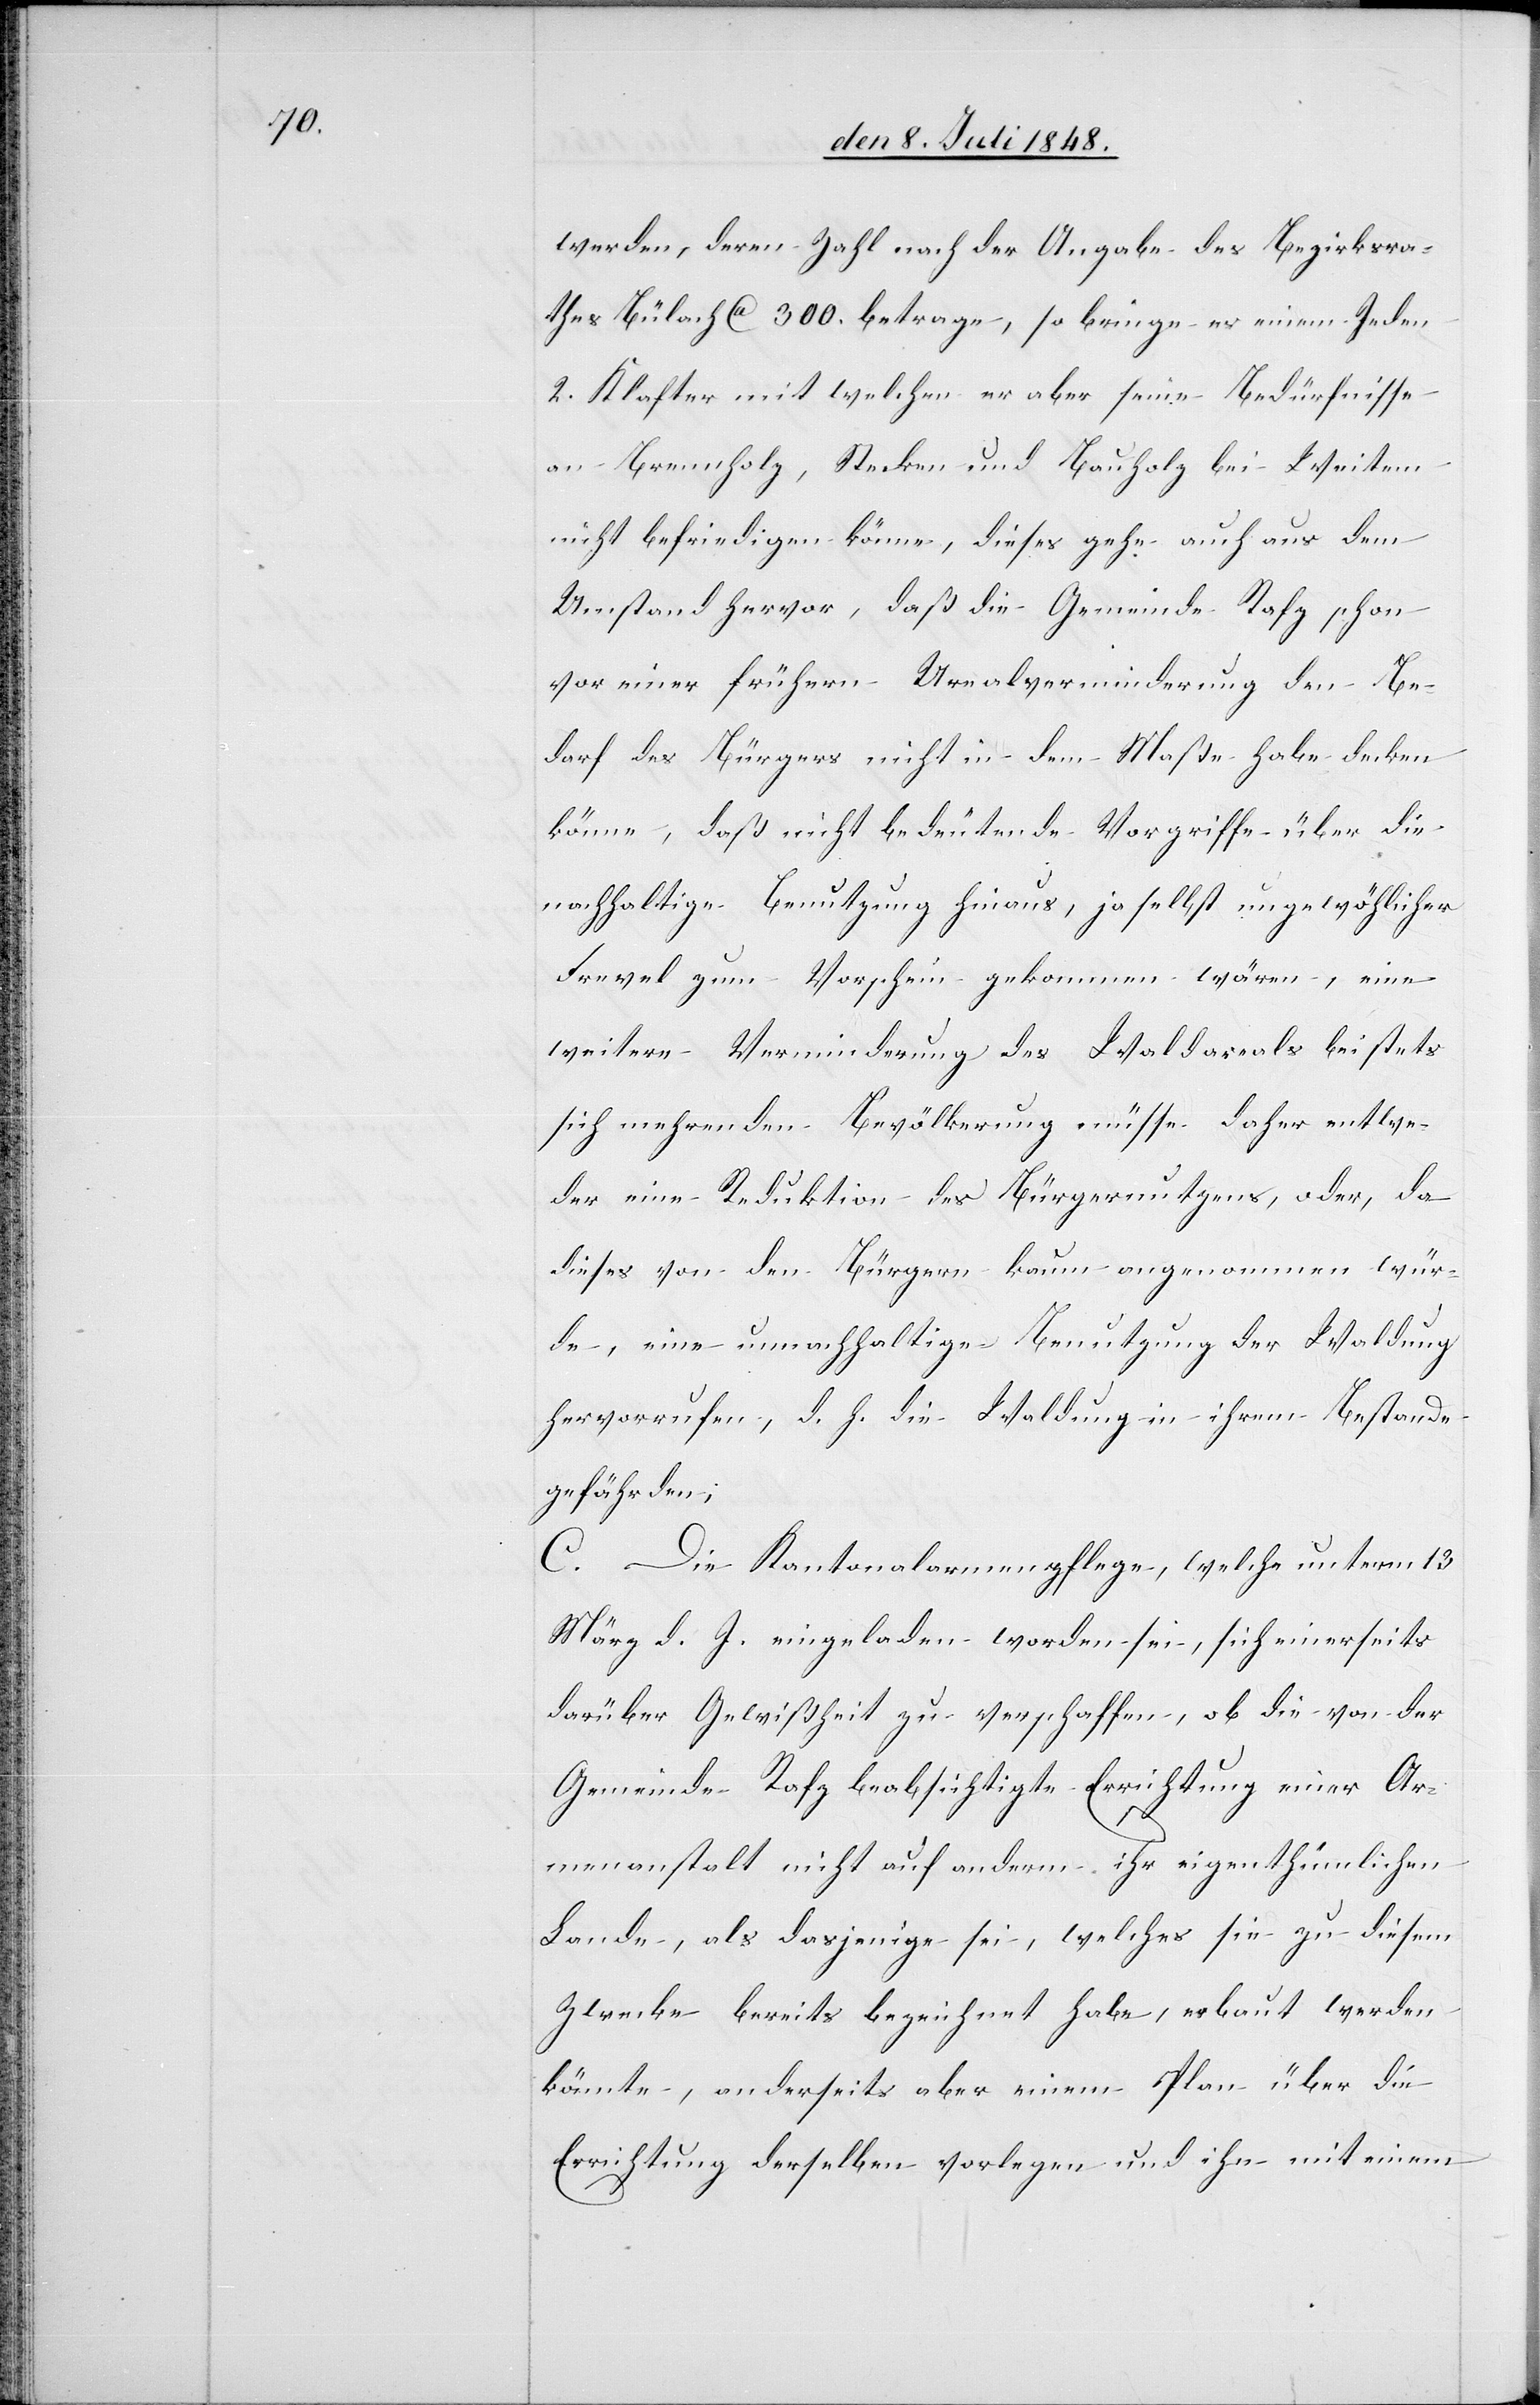
werden, deren Zahl nach der Angabe des Bezirksra¬
thes Bülach ca. 300. betrage, so bringe es einem Jeden
2. Klafter mit welchen er aber seine Bedürfnisse
an Brennholz, Stecken und Bauholz bei Weitem
nicht befriedigen könne, dieses gehe auch aus dem
Umstand hervor, daß die Gemeinde Rafz schon
vor einer frühern Urnalverminderung den Be¬
darf des Bürgers nicht in dem Maße habe decken
können, daß nicht bedeutende Vorgriffe über die
nachhaltige Benutzung hinaus, ja selbst ungewöh[n]licher
Frevel zum Vorschein gekommen wären, eine
weitere Verminderung des Waldareals bei stets
sich mehrenden Bevölkerung müsse daher entwe¬
der eine Reduktion des Bürgernutzens, oder, da
dieses von den Bürgern kaum angenommen wür¬
de, eine unnachhaltige Benutzung der Waldung
hervorrufen, d. h. die Waldung in ihrem Bestande
gefährden
C. Die Kantonalarmenpflege welche unterm 13.
März d. J. eingeladen worden sei, sich einerseits
darüber Gewißheit zu verschaffen, ob die von der
Gemeinde Rafz beabsichtigte Errichtung einer Ar¬
menanstalt nicht auf anderm ihr eigenthümlichen
Lande, als dasjenige sei, welches sie zu diesem
Zwecke bereits bezeichnet habe, erbaut werden
könnte, anderseits aber einem Plan über die
Errichtung derselben vorlegen und ihn mit einem